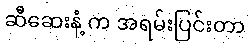
ဆီဆေးနံ့ က အရမ်းပြင်းတာ